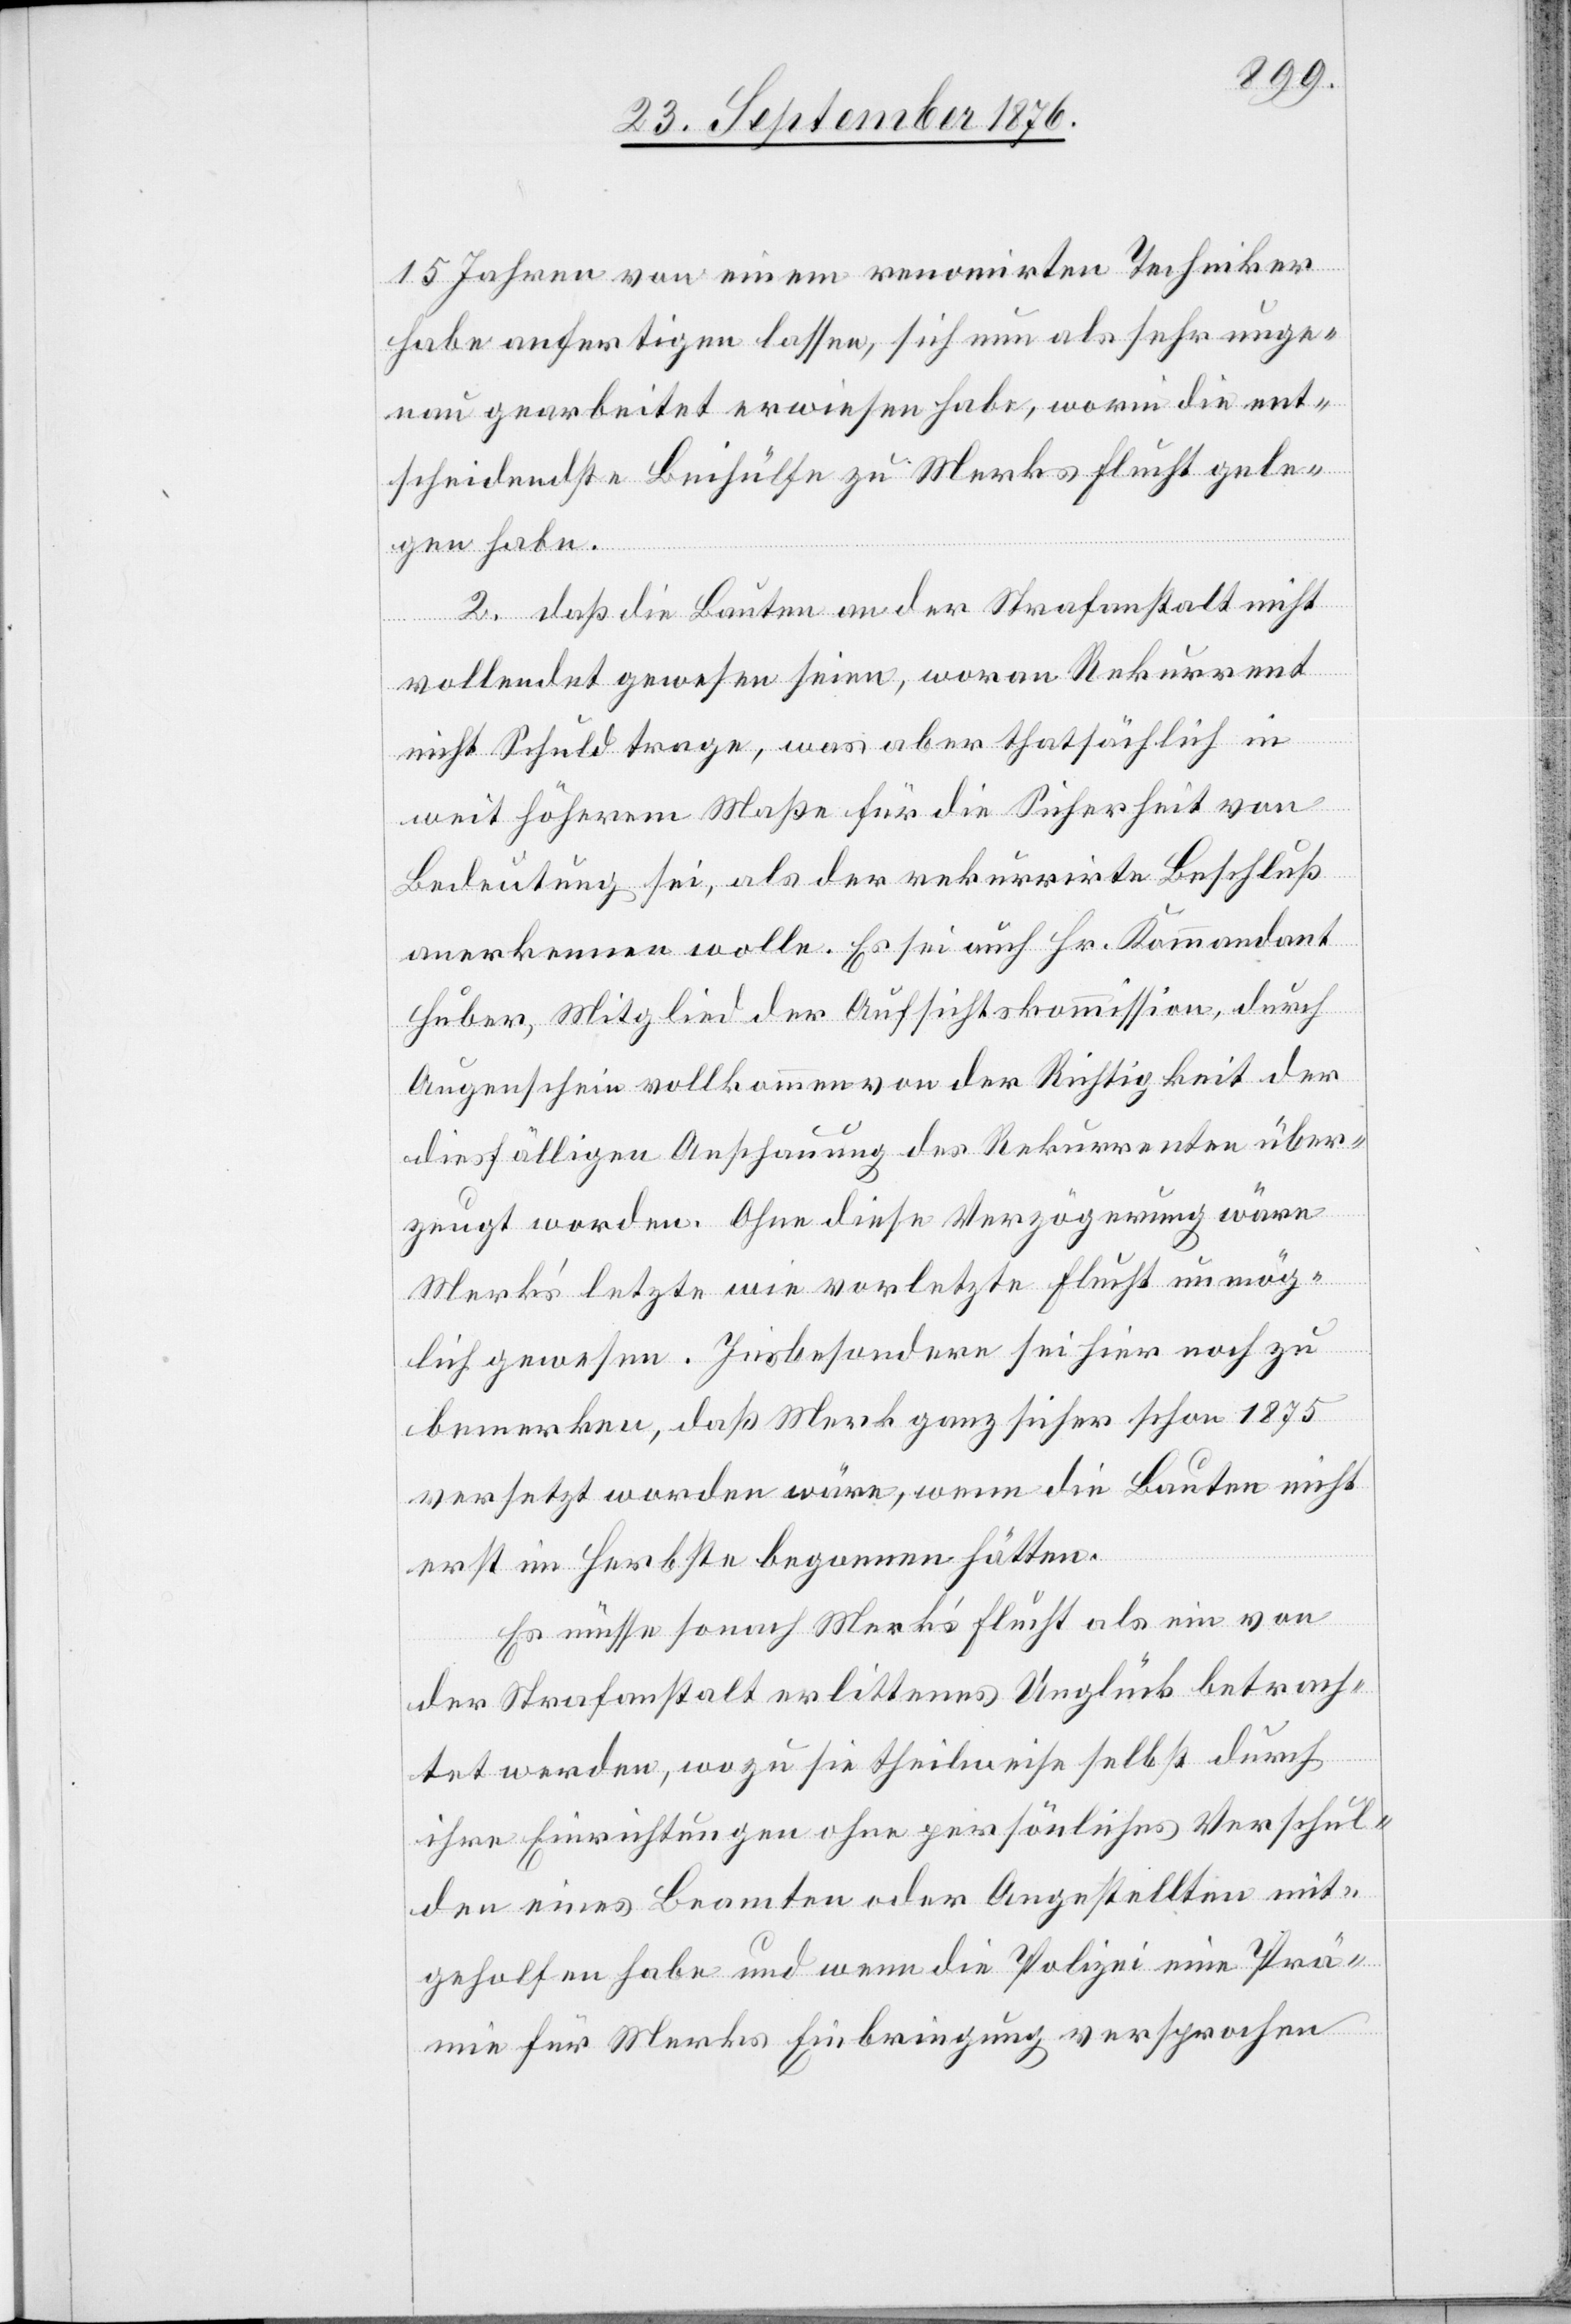
15 Jahren von einem renomirten Techniker
habe anfertigen lassen, sich nun als sehr unge¬
nau gearbeitet erwiesen habe, worin die ent¬
scheidendste Beihülfe zu Merks Flucht gele¬
gen habe.
2. daß die Bauten an der Strafanstalt nicht
vollendet gewesen seien, woran Rekurrent
nicht Schuld trage, was aber thatsächlich in
weit höherem Maße für die Sicherheit von
Bedeutung sei, als der rekurrirte Beschluß
anerkennen wolle. Es sei auch Hr. Kommandant
Huber, Mitglied der Aufsichtskommission, durch
Augenschein vollkommen von der Richtigkeit der
diesfälligen Anschauung des Rekurrenten über¬
zeugt worden. Ohne diese Verzögerung wäre
Merk’s letzte wie vorletzte Flucht unmög¬
lich gewesen. Insbesondere sei hier noch zu
bemerken, daß Merk ganz sicher schon 1875
versetzt worden wäre, wenn die Bauten nicht
erst im Herbste begonnen hätten.
Es müsse sonach Merk’s Flucht als ein von
der Strafanstalt erlittenes Unglück betrach¬
tet werden, wozu sie theilweise selbst durch
ihre Einrichtungen ohne persönliches Verschul¬
den eines Beamten oder Angestellten mit¬
geholfen habe und wenn die Polizei eine Prä¬
mie für Merks Einbringung versprochen